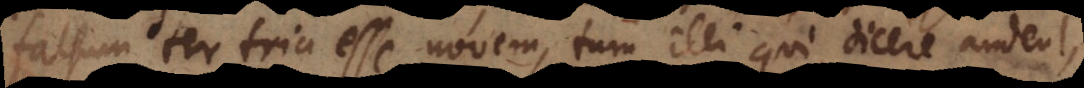
falsum ter tria esse novem, tum illi qui dicere audent,